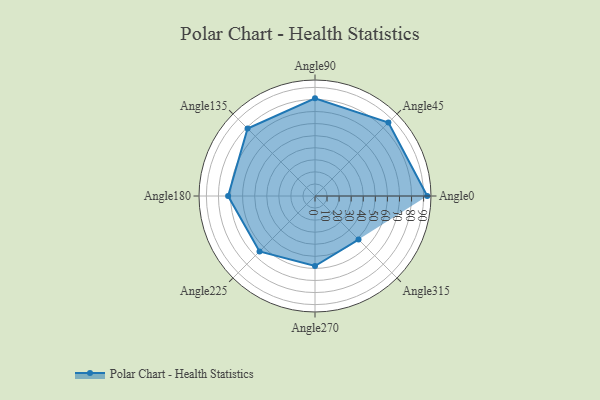
{"axis": {"x": "Angle", "y": "Radius"}, "legend": [""], "data": [{"x": "Angle0", "y": 93.0, "type": ""}, {"x": "Angle45", "y": 86.0, "type": ""}, {"x": "Angle90", "y": 81.0, "type": ""}, {"x": "Angle135", "y": 79.0, "type": ""}, {"x": "Angle180", "y": 72.0, "type": ""}, {"x": "Angle225", "y": 65.0, "type": ""}, {"x": "Angle270", "y": 58.0, "type": ""}, {"x": "Angle315", "y": 51.0, "type": ""}]}